Vaccination in the Punjab 1919-1929 - 1919-1929
Year: 1919
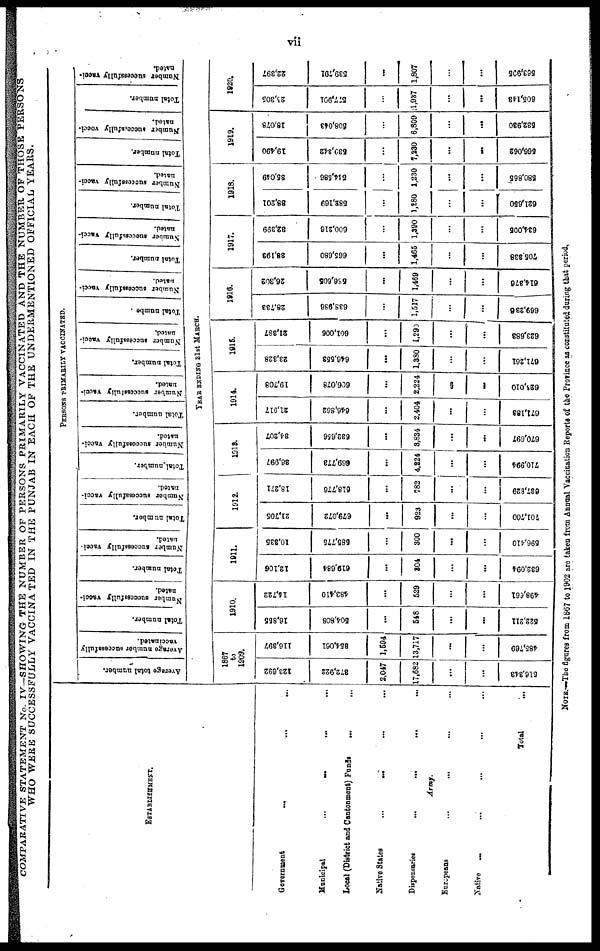
vii
COMPARATIVE STATEMENT No. IV—SHOWING THE NUMBER OF PERSONS PRIMARILY VACCINATED AND THE NUMBER OF THOSE PERSONS
WHO WERE SUCCESSFULLY VACCINATED IN THE PUNJAB IN EACH OF THE UNDERMENTIONED OFFICIAL YEARS.
ESTABLISHMENT.
Government ... ... ...
Municipal
... ... ... ...
Local (District and Cantonment) Funds ... ...
Native States
...
...
...
...
Dispensaries
...
...
...
...
Army.
Europeans
...
...
...
...
Native ... ... ... ... ...
Total ...
Average total number.
PERSONS PRIMARILY VACCINATED.
Average number successfully
vaccinated.
Total number.
Number successfully vacci-
nated.
Total number.
Number successfully vacci-
nated.
Total number.
Number successfully vacci-
nated.
Total number.
Number successfully vacci-
nated.
Total number.
Number successfully vacci-
nated.
Total number.
N umber successfully vacci-
nated.
Total numbe .
Number successfully vacci-
nated.
Total number.
Number successfully vacci-
nated.
Total number.
Number successfully vacci-
nated.
Total number.
Number successfully vacci-
nated.
Total number.
Number successfully vacci-
nated.
YEAR ENDING 31st MARCH.
1867
to
1909.
123,692
372,922
2,047
17,682
...
...
516,343
116,397
354,061
1,594
13,717
...
...
485,769
1910.
16,855
504,808
...
548
...
...
522,211
14,722
483,410
...
529
...
...
498,661
1911.
12,106
619,684
...
304
...
...
632,094
10,335
585,775
...
300
...
...
596,410
1912.
21,705
679,072
...
923
...
...
701,700
18,271
618,776
...
782
...
...
637,829
1918.
36,997
669,773
...
4,224
...
...
710,994
34,207
632,656
...
3,834
...
...
670,697
1914.
21,917
646,862
...
2,404
...
...
671,183
19,708
606,078
...
2,224
...
...
628,010
1915.
23,328
646,553
...
1,380
...
...
671,261
21,387
601,006
...
1,290
...
. . .
623,683
1916.
28,733
638,986
...
1,517
...
...
669,236
26,302
586,605
...
1,469
...
...
614,376
1917.
38,193
665,680
...
1,465
...
...
705,338
32,399
600,216
...
1,390
...
...
634,005
1918.
38,201
582,169
...
1,280
...
...
621,650
35,049
544,586
...
1,230
...
...
580,865
1919.
19,490
539,342
...
7,230
...
...
566,062
18,078
508,043
...
6,809
...
...
532,930
1920.
25,305
577,901
...
1,937
...
...
605,143
22,397
539,791
...
1,807
...
...
563,995
NOTE.—The figures from 1867 to 1902 are taken from Annual Vaccination Reports of the Province as constituted during that period.